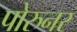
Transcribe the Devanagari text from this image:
पोरुनर